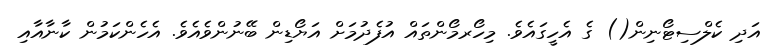
އަދި ކެލްސިޓޯނިން() ގެ އެހީގައެވެ. މިހޯރމޯންތައް އުފެދުމަށް އަޔޯޑިން ބޭނުންވެއެވެ. އެހެންކަމުން ކާނާއާއި